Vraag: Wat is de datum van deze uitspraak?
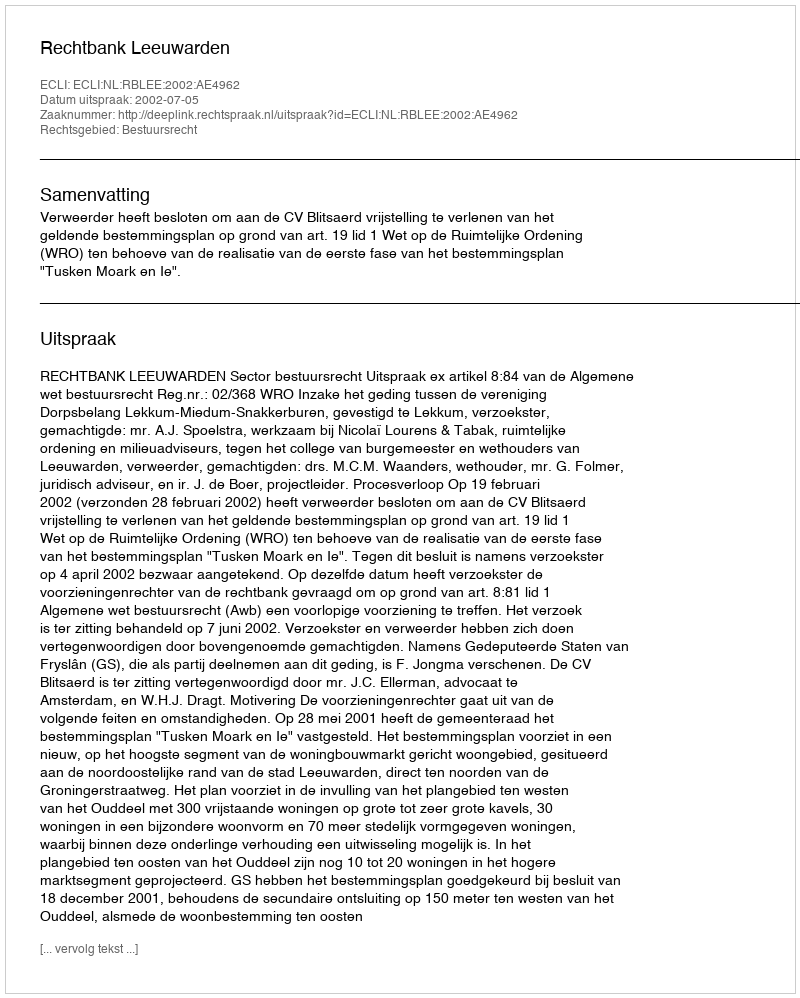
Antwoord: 2002-07-05